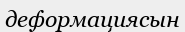
деформациясын